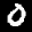
Label: 0